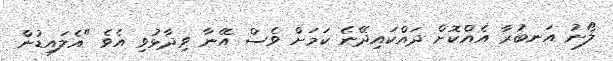
ލޯނު އަނބުރާ އެއްކޮށް ދައްކައިދޭނެ ކަމަށް ވެސް އޭނާ ވިދާޅުވި އެވެ "އެލައިޑުން